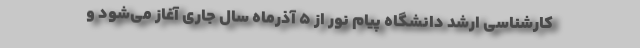
کارشناسی ارشد دانشگاه پیام نور از ۵ آذرماه سال جاری آغاز می‌شود و